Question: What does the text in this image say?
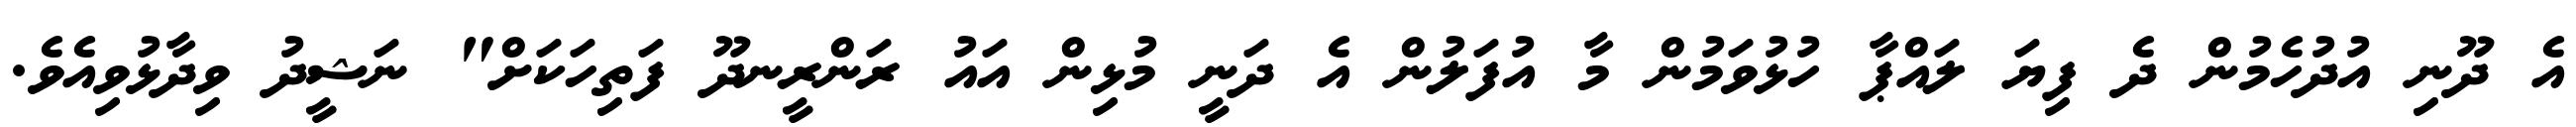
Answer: އެ ދޫނި އުދުހެމުން ދެ ފިޔަ ލައްޕާ ހުޅުވަމުން މާ އުފަލުން އެ ދަނީ މުޅިން އައު ރަންރީނދޫ ފަތިހަކަށް" ނަޝީދު ވިދާޅުވިއެވެ.